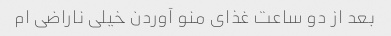
بعد از دو ساعت غذای منو آوردن خیلی ناراضی ام